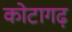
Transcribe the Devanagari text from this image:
कोटागढ़